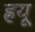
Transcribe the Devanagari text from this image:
ह्रयू